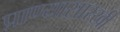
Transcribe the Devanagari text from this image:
प्राण्यासारखी